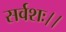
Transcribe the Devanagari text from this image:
सर्वशः।।